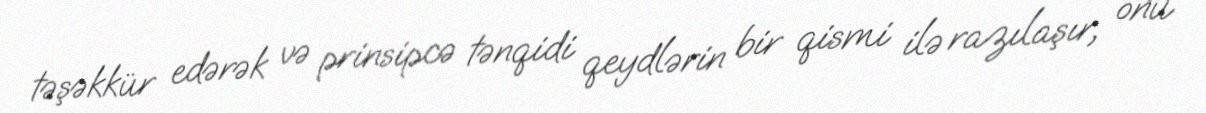
təşəkkür edərək və prinsipcə tənqidi qeydlərin bir qismi ilə razılaşır, onu